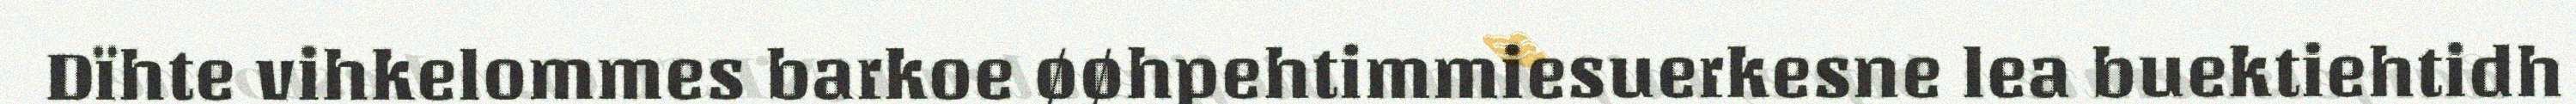
Dïhte vihkelommes barkoe øøhpehtimmiesuerkesne lea buektiehtidh